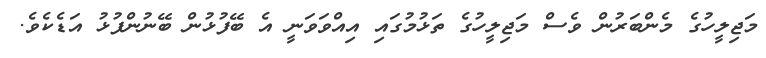
މަޖިލީހުގެ މެންބަރުން ވެސް މަޖިލީހުގެ ތަޅުމުގައި އިއްވަވަނީ އެ ބޭފުޅުން ބޭނުންފުޅު އަޑެކެވެ.